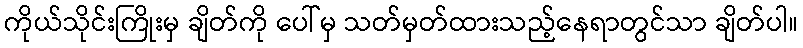
ကိုယ်သိုင်းကြိုးမှ ချိတ်ကို ပေါ်မှ သတ်မှတ်ထားသည့်နေရာတွင်သာ ချိတ်ပါ။